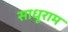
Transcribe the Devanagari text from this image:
साधूराम